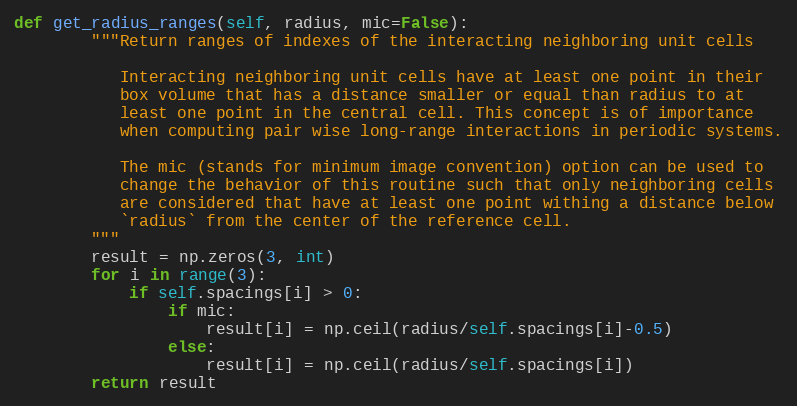
Language: Python
def get_radius_ranges(self, radius, mic=False):
        """Return ranges of indexes of the interacting neighboring unit cells

           Interacting neighboring unit cells have at least one point in their
           box volume that has a distance smaller or equal than radius to at
           least one point in the central cell. This concept is of importance
           when computing pair wise long-range interactions in periodic systems.

           The mic (stands for minimum image convention) option can be used to
           change the behavior of this routine such that only neighboring cells
           are considered that have at least one point withing a distance below
           `radius` from the center of the reference cell.
        """
        result = np.zeros(3, int)
        for i in range(3):
            if self.spacings[i] > 0:
                if mic:
                    result[i] = np.ceil(radius/self.spacings[i]-0.5)
                else:
                    result[i] = np.ceil(radius/self.spacings[i])
        return result